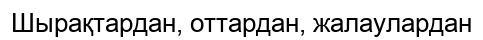
Шырақтардан, оттардан, жалаулардан